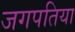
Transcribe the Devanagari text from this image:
जगपतिया